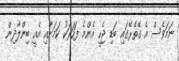
ނަމަވެސް އެ ގޭތެރޭގައި ބަޑި ޖެހީ އެންމެ ފަހަރަކު ކަމަށާއި އެއީ ބިންލާދިން